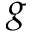
g